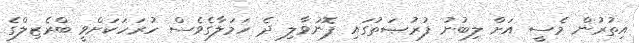
އިތުރުން މެސީ އަށް ލިބުނު ފުރުޞަތުގައި ފޮނުވާލި ދެ ހަމަލާގެވެސް ހުރަހަކަށްވީ ބްރެޒިލްގެ